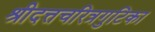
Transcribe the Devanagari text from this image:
श्रीदत्तचरित्रगुटिका